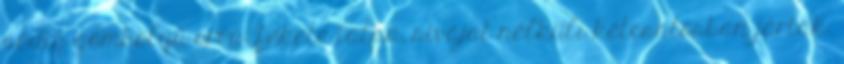
pedig gömbölyű orrú, fekete talpú, sívájat nélküli kétcsatosban jártak.